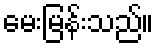
မေးမြန်းသည်။